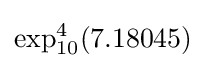
\exp _{10}^{4}(7.18045)